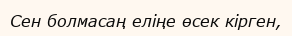
Сен болмасаң еліңе өсек кірген,